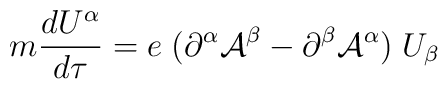
m \frac{dU^{\alpha}}{d\tau} = e \; (\partial^{\alpha}{\cal A}^{\beta} - \partial^{\beta} {\cal A}^{\alpha}) \; U_{\beta}